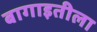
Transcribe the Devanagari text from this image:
बागाइतीला